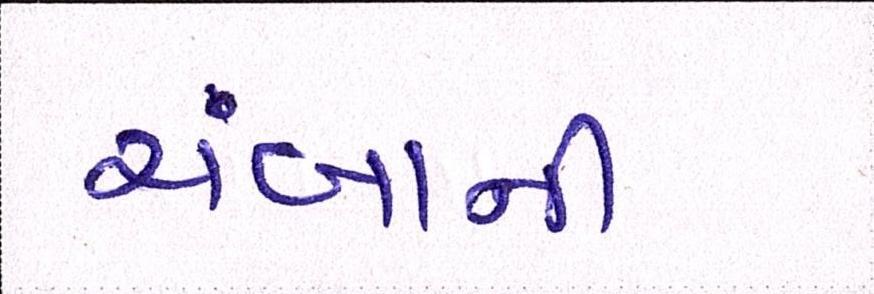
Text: ચંબાની